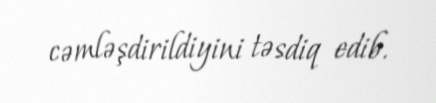
cəmləşdirildiyini təsdiq edib.